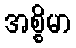
အစ္စိမာ